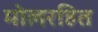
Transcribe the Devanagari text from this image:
मोलरहित